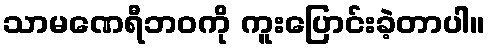
သာမဏေရီဘဝကို ကူးပြောင်းခဲ့တာပါ။